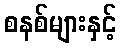
စနစ်များနှင့်